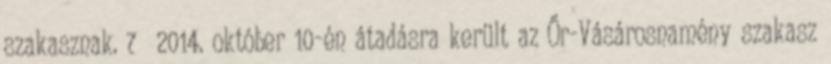
szakasznak. 7 2014. október 10-én átadásra került az Őr-Vásárosnamény szakasz